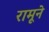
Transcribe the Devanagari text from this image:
रामूने